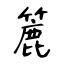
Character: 簏